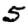
Digit: 5